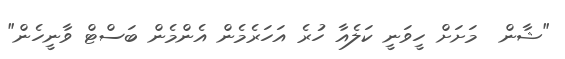
"ޝާން  މަށަށް ހީވަނީ ކަލެއާ ހުރެ އަހަރެމެން އެންމެން ބަސްޓް ވާނީހެން"